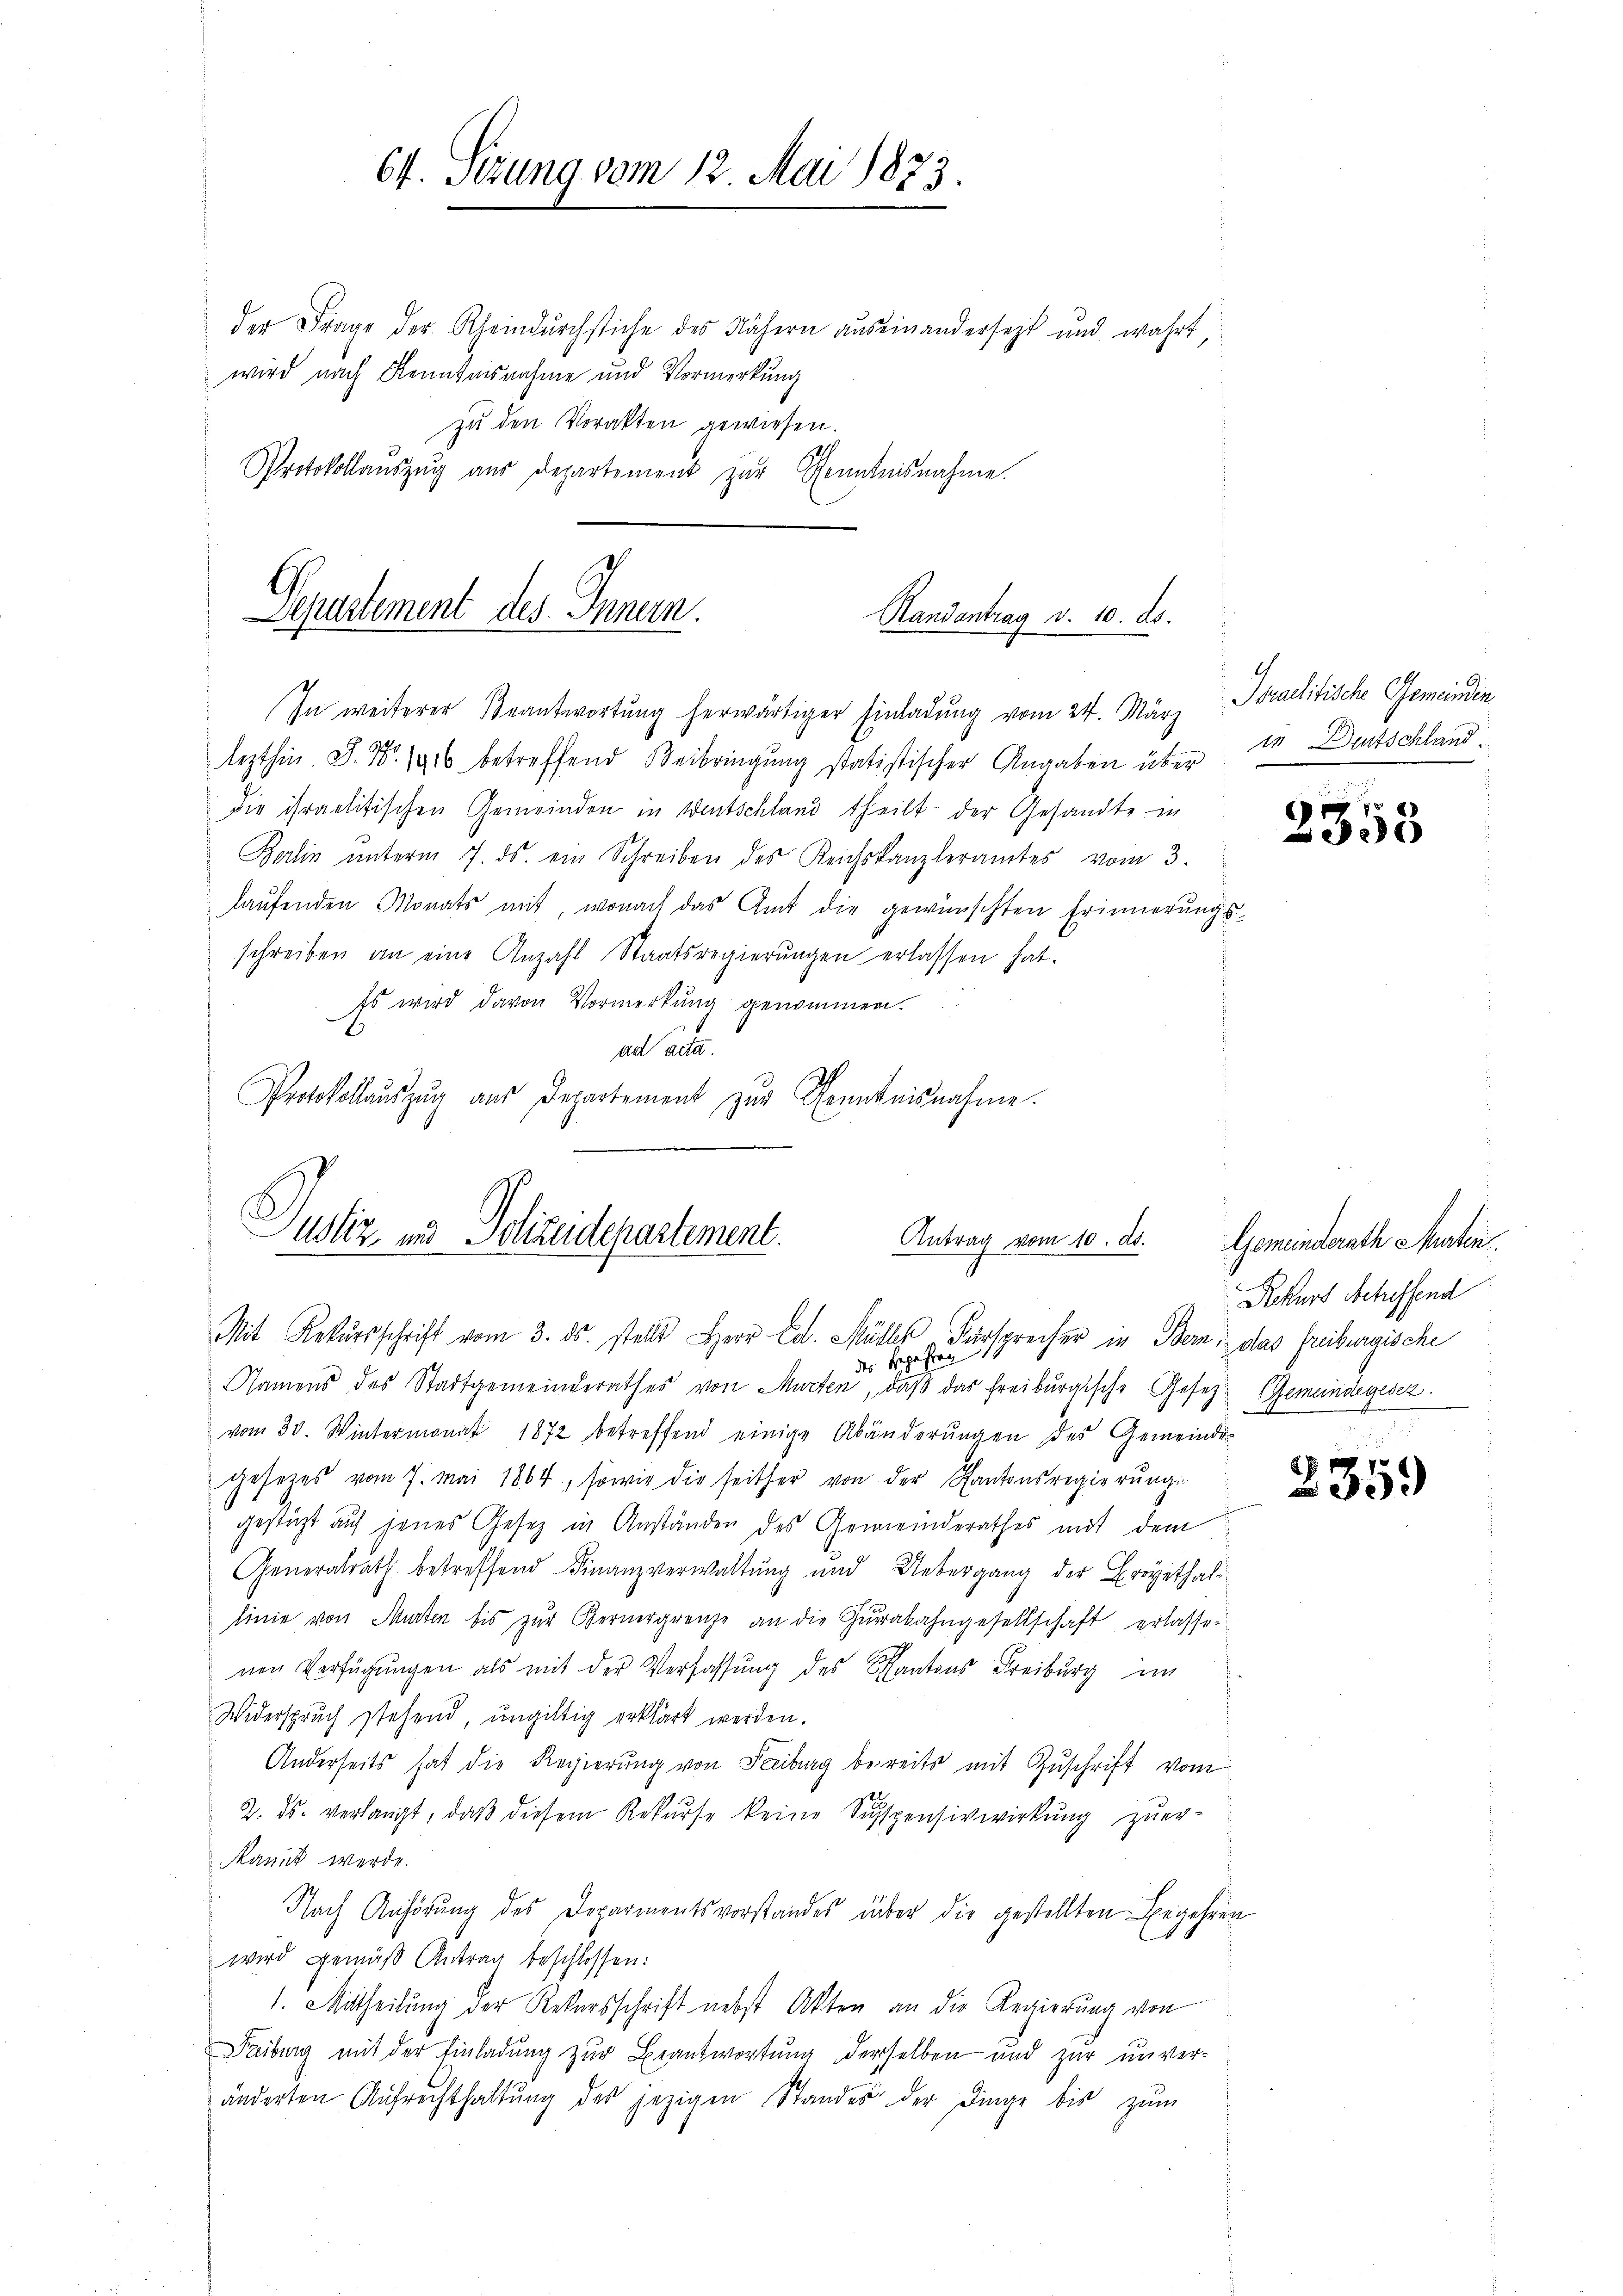
64. Sizung vom 12. Mai 1873.

der Frage der Rheindŭrchstiche des Nähern aŭs einandersezt und wahrt
wird nach Kenntnisnahme und Vormerkung
zu den Vorakten gewiesen.
Protokollaŭszŭg aŭs Departement zur Kenntnisnahme.

Departement des Innen.
Randantrag v. 10. ds.
In weiterer Beantwortung herwärtiger Einladung vom 24. März

lezthin. S. Nr. 1916 betreffend Beibringung statistischer Angaben über in Deutschlanddie israelitischen Gemeinden in Wertschland theilt der Gesandte in
Berlin ŭnterm 7. ds. ein Schreiben des Reichskanzleramtes vom 3.
laŭfenden Monats mit, wonach das Amt die gewünschten Erinnerung.
schreiben an eine Anzahl Staatsregierŭngen erlassen hat.
Es wird davon Vormerkung genommen.
ad acta.
Protokollauszug aus Departement zur Kenntnisnahme.

Justiz zu Polizeidepartement.
Antrag vom 10. d.
Mit Rekursschrift vom 3. ds. stellt Herr Ed. Müller "Fürsprecher in Bern: das freiburgische

Israelitische Gemeinden

.

des K.
Namens des Stadtgemeinderathes von Murten, daβ das Freiburgische Gesetz- Gemeindegesez
vom 30. Wintermonat 1872 betreffend einige Abänderungen des Gemeindes
gesetzes vom 7. Mai 1864, sowie die seither von der Kantonsregierungs-
gestüzt auf jenes Gesetz in Anständen des Gemeinderathes mit dem
Generalrath betreffend Finanzverwaltung und Uebergang der Fragethallinie von Marten bis zŭr Bernergrenze an die Gŭrabahngesellschaft erlassen
nen Verfügungen als mit der Verfassung des Kantons Freiburg im
Widerspruch stehend, ungültig erklärt werden.
Anderseits hat die Regierŭng von Freiburg bereits mit Zuschrift vom
2. ds. verlangt, daß diesem Rekurse keine Suspensivwirkung zuer-
Rannt werde.
Nach Anhörung des Deparmentsvorstandes über die gestellten Begehren
wird gemäβ Antrag beschlossen:
1. Mitheilung der Rekursschrift nebst Akten an die Regierung von
Paiburg mit der Einladung zur Beantwortung derselben und zur unveränderten Aŭfrechthaltŭng des jezigen Standes der Dinge bis zŭm

2358

Gemeinderath Maten.
Rekurs Scheffend

235.